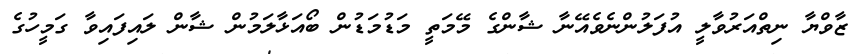
ޒާވްޔާ ނިތްއަރުވާލީ އުފަލުންނެވެއޭނާ ޝާންގެ މޭމަތީ މަޑުމަޑުން ބޯއަޅާލަމުން ޝާން ލައިފައިވާ ގަމީހުގެ